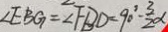
\angle E B G = \angle F B D = 9 0 ^ { \circ } - \frac { 3 } { 2 } \alpha